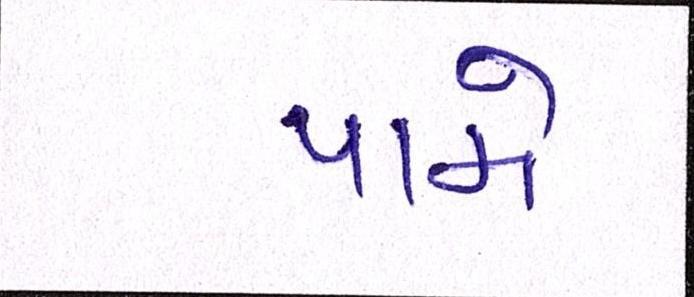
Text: પામે